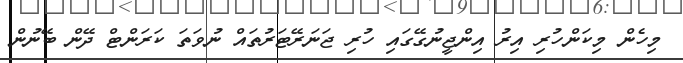
މިހެން މިކަންހުރި އިރު އިންޖީނުގޭގައި ހުރި ޖަނަރޭޓަރުތައް ނުވަތަ ކަރަންޓް ދޭން ބޭނުން